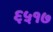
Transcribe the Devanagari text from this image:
६५१७